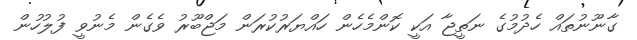
ގާނޫނުތައް ހެދުމުގެ ނަތީޖާ އަކީ ކޮންމެހެން ހައްޔަރުކުރަން މަޖްބޫރު ވެގެން މެނުވީ ފުލުހުން